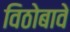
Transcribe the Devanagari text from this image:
विठोबावे